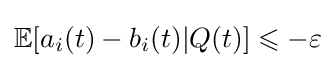
\mathbb {E} [a_{i}(t)-b_{i}(t)|Q(t)]\leqslant -\varepsilon